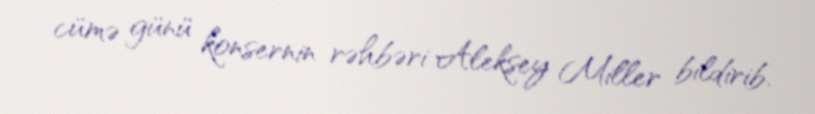
cümə günü konsernin rəhbəri Aleksey Miller bildirib.